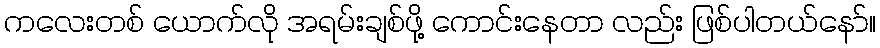
ကလေးတစ် ယောက်လို အရမ်းချစ်ဖို့ ကောင်းနေတာ လည်း ဖြစ်ပါတယ်နော်။